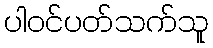
ပါဝင်ပတ်သက်သူ